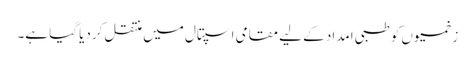
زخمیوں کو طبی امداد کے لیے مقامی اسپتال میں منتقل کردیا گیا ہے۔